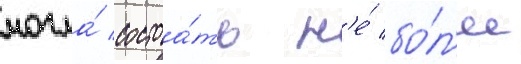
могла́ состоа́ть н'е́ бо́л'ее